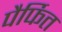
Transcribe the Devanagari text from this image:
पैर्फित